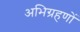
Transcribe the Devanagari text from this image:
अभिग्रहणों